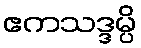
ဧကသဒ္ဒမ္ပိ